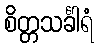
စိတ္တသင်္ခါရံ